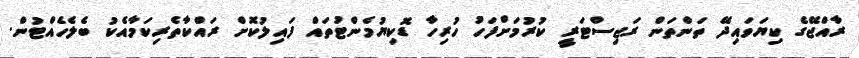
ރާއްޖޭގެ ކިޔަވައިދޭ ތަންތަން ރަޖިސްޓަރީ ކުރުމަށްފަހު ހުރިހާ ޑޮކިޔުމެންޓުތައް ފައިލުކޮށް ރައްކާތެރިކަމާއެކު ބެލެހެއްޓުން.